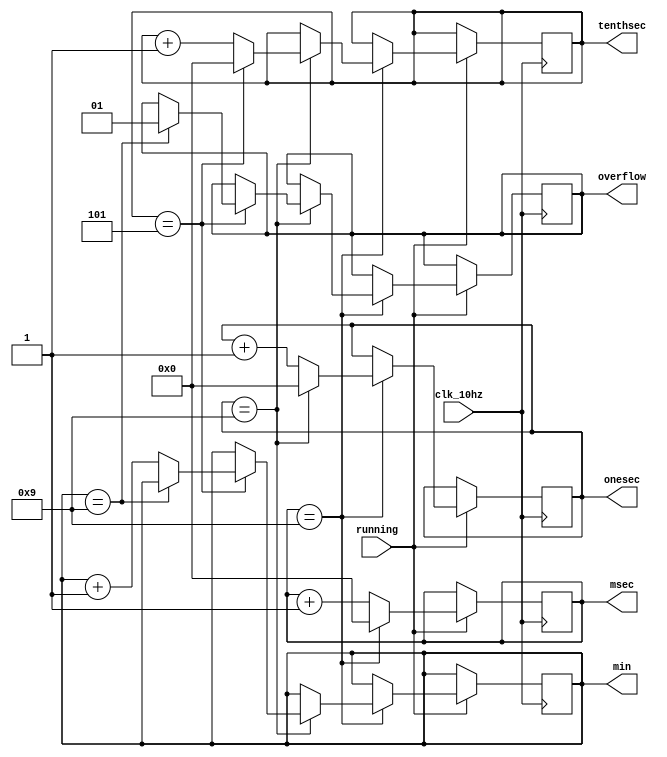
`timescale 1ns / 1ps
//////////////////////////////////////////////////////////////////////////////////
// Company: 
// Engineer: 
// 
// Design Name: 
// Module Name: stopwatch_counter
// Project Name: 
// Target Devices: 
// Tool Versions: 
// Description: 
// 
// Dependencies: 
// 
// Revision:
// Revision 0.01 - File Created
// Additional Comments:
// 
//////////////////////////////////////////////////////////////////////////////////


module stopwatch_counter(
        input clk_10hz, 
        input running,
        output reg [3:0] msec, // Hold up to 9
        output reg [3:0] onesec, // Hold up to 9
        output reg [3:0] tenthsec, //Hold up to 5
        output reg [3:0] min, //Hold up to 9
        output reg [1:0] overflow
    );
    always @ (posedge clk_10hz) begin
       
        if (running) begin
                if (msec == 9) begin
                    msec <= 0;
                    if (onesec == 9) begin
                        onesec <= 0;
                        if (tenthsec == 5) begin
                            tenthsec <= 0;
                            if (min == 9) begin
                                overflow <= 1;
                            end else begin
                                min <= min + 1;
                            end
                        end else begin
                            tenthsec <= tenthsec + 1;
                        end
                    end else begin
                        onesec <= onesec + 1;
                    end
                end else begin
                    msec <= msec + 1;
                end
            end
          end
endmodule